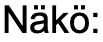
Näkö: